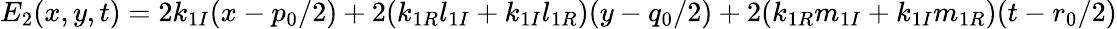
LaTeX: E_{2}(x,y,t)=2k_{1I}(x-{p_{0}}/{2})+2(k_{1R}l_{1I}+k_{1I}l_{1R})(y-{q_{0}}/{2})+2(k_{1R}m_{1I}+k_{1I}m_{1R})(t-{r_{0}}/{2})